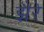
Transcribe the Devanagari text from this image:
झैरे